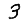
Digit: 3